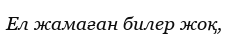
Ел жамаған билер жоқ,